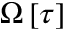
\Omega \left[ \tau \right]